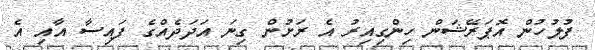
ފުލުހުން އޮޕަރޭޝަން ހިންގިއިރު އެ ރަށުން ގިނަ އަދަދެއްގެ ފައިސާ އާއި އެ